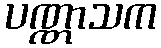
ပဏ္ဏာသက